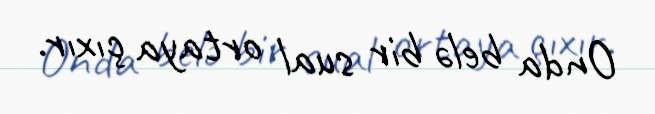
Onda belə bir sual ortaya çıxır.